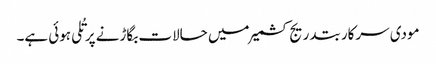
مودی سرکار بتدریج کشمیر میں حالات بگاڑنے پر تُلی ہوئی ہے۔